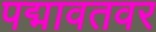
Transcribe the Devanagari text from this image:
पद्मावतवर